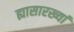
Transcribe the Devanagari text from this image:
ह्यासारख्यां